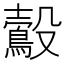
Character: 𪃟